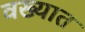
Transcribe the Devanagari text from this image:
वख्यात